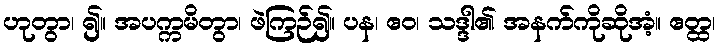
ဟုတွာ၊ ၍။ အပက္ကမိတွာ၊ ဖဲကြဉ်၍။ ပန၊ ဧဝ၊ သဒ္ဒါ၏ အနက်ကိုဆိုအံ့။ ဧတ္ထ၊